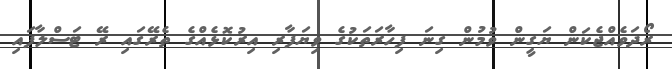
ރޯދަވެއްޖެކަން ޔަގީން ވުމުން ގިނަ ފިހާރަތަކުގެ ވިޔަފާރި އިރުކޮޅެއްގެ ތެރޭގައި ރޭ ޓަސްލާފައި